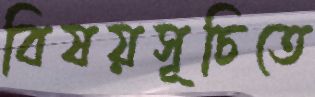
বিষয়সূচিতে